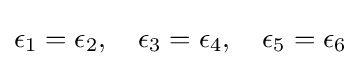
\epsilon _{1}=\epsilon _{2},\quad \epsilon _{3}=\epsilon _{4},\quad \epsilon _{5}=\epsilon _{6}